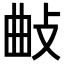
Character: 𢼰